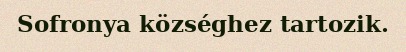
Sofronya községhez tartozik.